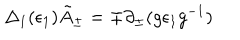
LaTeX: \Delta _ { 1 } ( \epsilon _ { 1 } ) \tilde { A } _ { \pm } = \mp \partial _ { \pm } ( g \epsilon _ { 1 } g ^ { - 1 } )